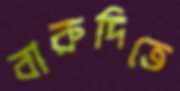
বারুদিতে